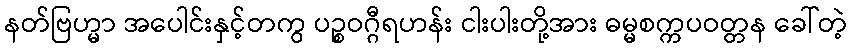
နတ်ဗြဟ္မာ အပေါင်းနှင့်တကွ ပဉ္စဝဂ္ဂီရဟန်း ငါးပါးတို့အား ဓမ္မစက္ကပဝတ္တန ခေါ်တဲ့